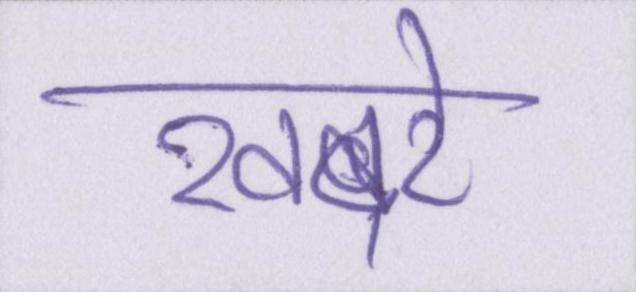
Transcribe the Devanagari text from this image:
खबरे